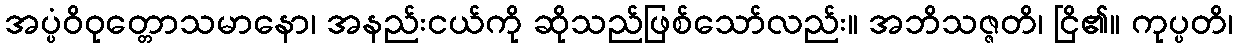
အပ္ပံဝိဝုတ္တောသမာနော၊ အနည်းငယ်ကို ဆိုသည်ဖြစ်သော်လည်း။ အဘိသဇ္ဇတိ၊ ငြိ၏။ ကုပ္ပတိ၊